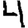
Digit: 4